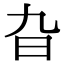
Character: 旮